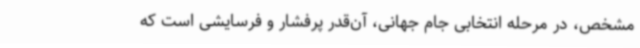
مشخص، در مرحله انتخابی جام جهانی، آن‌قدر پرفشار و فرسایشی است که